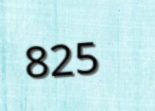
825